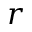
r